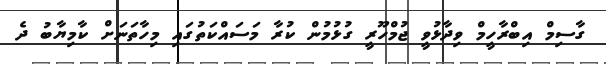
ގާސިމް އިބްރާހީމް ވިދާޅުވީ ޖުމްހޫރީ ގުޅުމުން ކުރާ މަސައްކަތުގައި މިހާތަނަށް ކާމިޔާބު ދެ